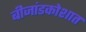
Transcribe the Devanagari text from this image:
बीजांडकोशात